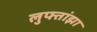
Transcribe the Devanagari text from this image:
लुफ्तांझा